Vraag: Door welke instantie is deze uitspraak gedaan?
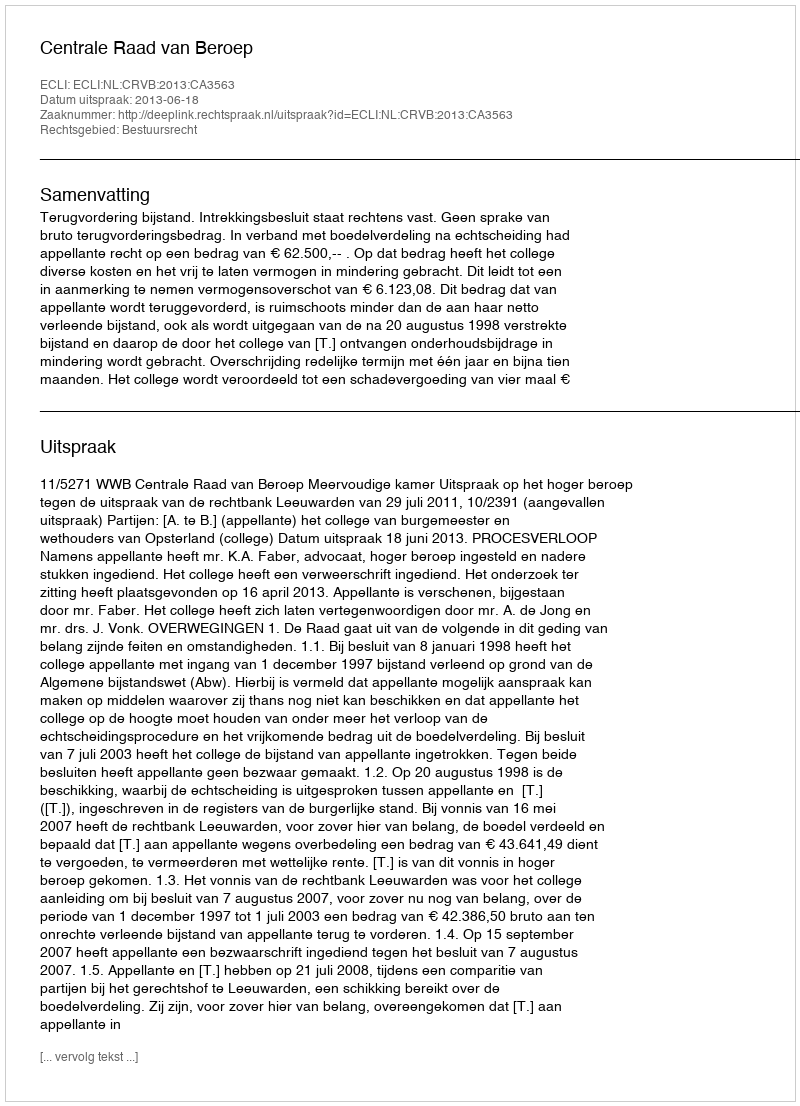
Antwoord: Centrale Raad van Beroep